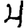
Digit: 4